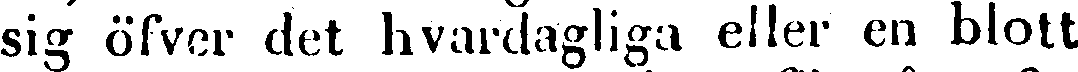
sig öfver det hvardagliga eller en blott